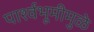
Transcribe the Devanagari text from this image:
पार्श्‍वभूमीमुळे